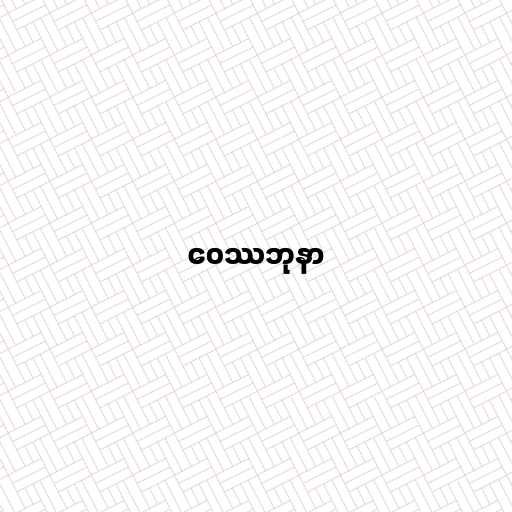
ဝေဿဘုနာ